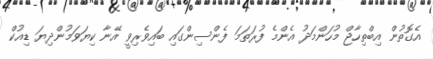
އެގޮތުން އިބްތިހާޖް މުހަންމަދު އެންމެ ފުރަތަމަ ފެންސިންގައި ބައިވެރިވީ އޭނާ ކިޔަވަމުންދިޔަ ޑިއުކް